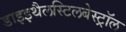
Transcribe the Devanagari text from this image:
डाइइथैलस्टिलबेस्ट्रॉल